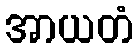
အာယတံ